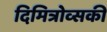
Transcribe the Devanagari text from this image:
दिमित्रोव्सकी